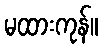
မထားကုန်။